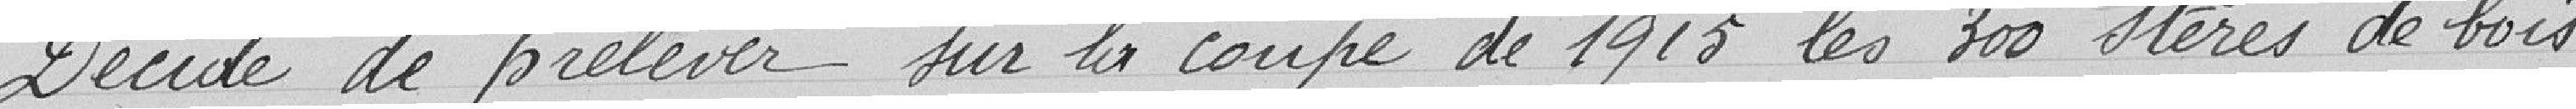
Décide de prélever sur la coupe de 1915 les 300 stères de bois